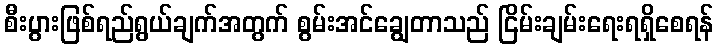
စီးပွားဖြစ်ရည်ရွယ်ချက်အတွက် စွမ်းအင်ချွေတာသည် ငြိမ်းချမ်းရေးရရှိစေရန်